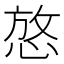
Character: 𪬆